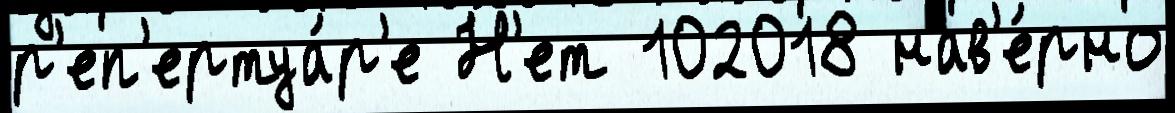
р'еп'ертуа́р'е Н'ет 102018 нав'е́рно